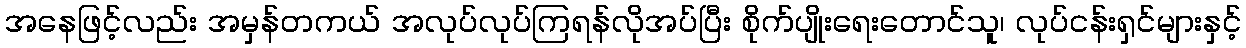
အနေဖြင့်လည်း အမှန်တကယ် အလုပ်လုပ်ကြရန်လိုအပ်ပြီး စိုက်ပျိုးရေးတောင်သူ၊ လုပ်ငန်းရှင်များနှင့်